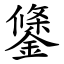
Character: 鎥